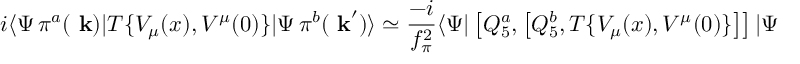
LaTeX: i \langle \Psi \, \pi ^ { a } ( \mathrm { \bf ~ k } ) | T \{ V _ { \mu } ( x ) , V ^ { \mu } ( 0 ) \} | \Psi \, \pi ^ { b } ( \mathrm { \bf ~ k } ^ { \prime } ) \rangle \simeq { \frac { - i } { f _ { \pi } ^ { 2 } } } \langle \Psi | \left[ Q _ { 5 } ^ { a } , \left[ Q _ { 5 } ^ { b } , T \{ V _ { \mu } ( x ) , V ^ { \mu } ( 0 ) \} \right] \right] | \Psi \rangle ,